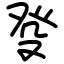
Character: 癹